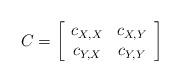
LaTeX: \begin{align*}C = \left[ \begin{array}{cc} c_{X,X} & c_{X,Y}\\ c_{Y,X} & c_{Y,Y} \end{array} \right]\end{align*}